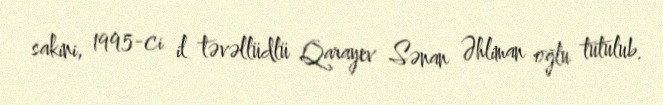
sakini, 1995-ci il təvəllüdlü Qarayev Sənan Əhliman oğlu tutulub.